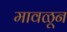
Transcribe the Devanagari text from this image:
मावळून